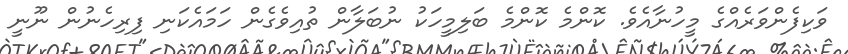
ވަކިފެންވަރެއްގެ މީހުނާއެވެ. ކޮންމެ ކޮންމެ ބަލިމީހަކު ނުބަލާން ތުއިވެގެން ހަމައެކަނި ފިރިހެނުން ނޫނީ